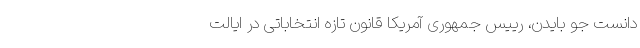
دانست جو بایدن، رییس جمهوری آمریکا قانون تازه انتخاباتی در ایالت